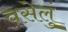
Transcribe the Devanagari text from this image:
वसेलुं